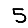
Digit: 5